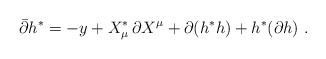
\begin{align*}\bar \partial h^*=-y+X ^*_\mu \, \partial X^\mu +\partial (h^*h) +h^*(\partial h)\ .\end{align*}